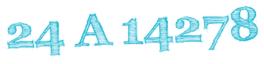
24 A 14278